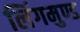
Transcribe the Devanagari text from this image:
लिंगमुण्ड